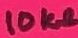
Text: 10KΩ